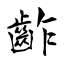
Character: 齚